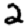
Digit: 2